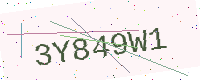
Text: 3Y849W1